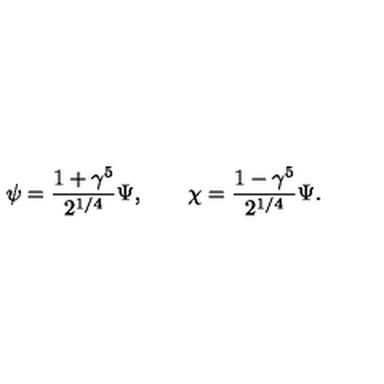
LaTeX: \psi = \frac { 1 + \gamma ^ { 5 } } { 2 ^ { 1 / 4 } } \Psi , \qquad \chi = \frac { 1 - \gamma ^ { 5 } } { 2 ^ { 1 / 4 } } \Psi .